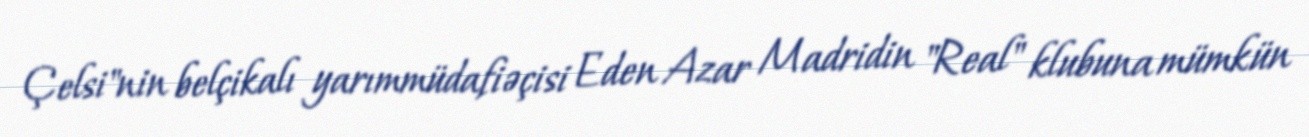
Çelsi"nin belçikalı yarımmüdafiəçisi Eden Azar Madridin "Real" klubuna mümkün